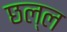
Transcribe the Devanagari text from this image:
छल्ल